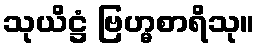
သုယိဋ္ဌံ ဗြဟ္မစာရိသု။